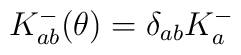
K^{-}_{ab}(\theta) = \delta_{ab} K^{-}_{a}